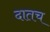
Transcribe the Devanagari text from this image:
दातच